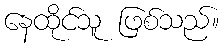
နေထိုင်သူ ဖြစ်သည်။